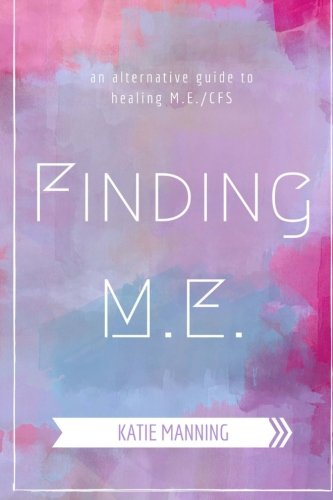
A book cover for Finding M.E.: An Alternative Guide to Healing M.E./CFS; Katie Manning; Health, Fitness & Dieting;